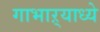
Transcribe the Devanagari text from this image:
गाभाऱ्याध्ये